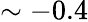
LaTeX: \sim-0.4